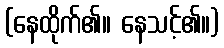
(နေထိုက်၏။ နေသင့်၏။)